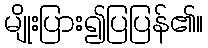
မျိုးပြား၍ပြပြန်၏။